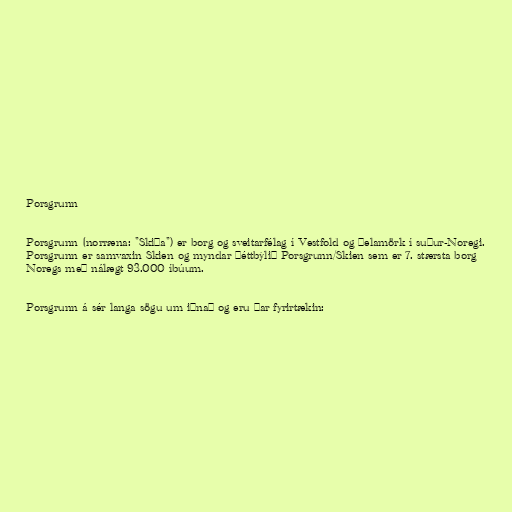
Porsgrunn

Porsgrunn (norræna: "Skiða") er borg og sveitarfélag í Vestfold og Þelamörk í suður-Noregi.
Porsgrunn er samvaxin Skien og myndar þéttbýlið Porsgrunn/Skien sem er 7. stærsta borg
Noregs með nálægt 93.000 íbúum.

Porsgrunn á sér langa sögu um iðnað og eru þar fyrirtækin: